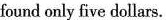
found only five dollars.